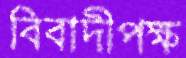
বিবাদীপক্ষ